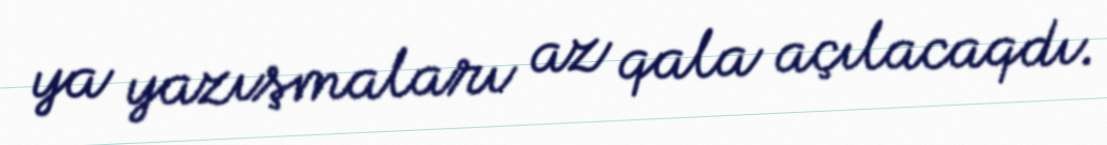
ya yazışmaları az qala açılacaqdı.